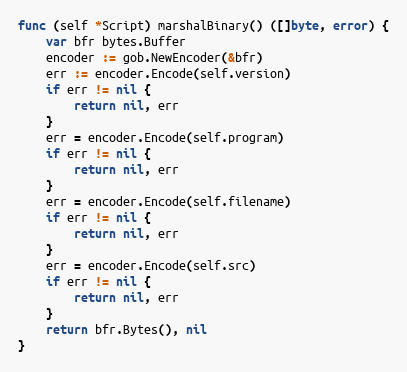
Language: Go
func (self *Script) marshalBinary() ([]byte, error) {
	var bfr bytes.Buffer
	encoder := gob.NewEncoder(&bfr)
	err := encoder.Encode(self.version)
	if err != nil {
		return nil, err
	}
	err = encoder.Encode(self.program)
	if err != nil {
		return nil, err
	}
	err = encoder.Encode(self.filename)
	if err != nil {
		return nil, err
	}
	err = encoder.Encode(self.src)
	if err != nil {
		return nil, err
	}
	return bfr.Bytes(), nil
}